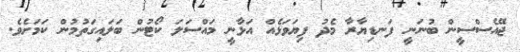
ޖޭއެސްސީން ބުނަނީ ފަނޑިޔާރާ މެދު ފިޔަވަޅެއް އަޅާނީ މައްސަލަ ކޯޓުން ބަލައިގަތުމުން ކަމަށެވެ.